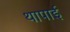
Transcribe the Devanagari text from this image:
थापाई